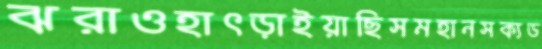
ঝরাওহাৎড়াইয়াছিসমহানসক্যড